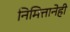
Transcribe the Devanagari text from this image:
निमित्तानेही